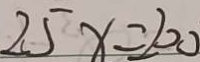
2 5 x = 2 0 0